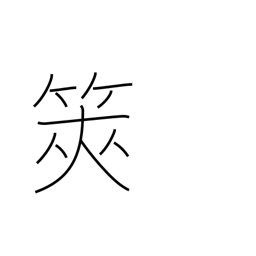
Meaning: divining sticks